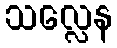
သလ္လေန